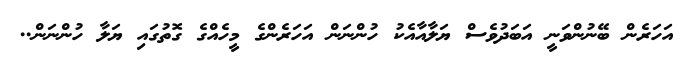
އަހަރެން ބޭނުންވަނީ އަބަދުވެސް ޔަލާއާއެކު ހުންނަން އަހަރެންގެ މީހެއްގެ ގޮތުގައި ޔަލާ ހުންނަން..